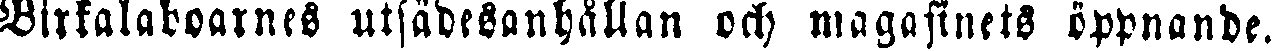
Birkalaboarnes utsädesanhållan och magasinets öppnande.